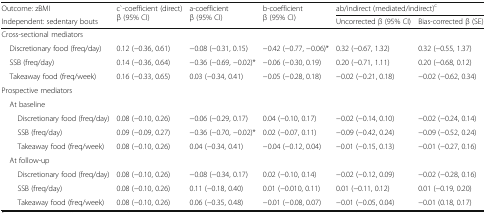
<table><thead><tr><td><b>Outcome: zBMI</b></td><td rowspan="2"><b>c`-coefficient (direct) β (95% CI)</b></td><td rowspan="2"><b>a-coefficient β (95% CI)</b></td><td rowspan="2"><b>b-coefficient β (95% CI)</b></td><td colspan="2"><b>ab/indirect (mediated/indirect)<sup>c</sup></b></td></tr><tr><td><b>Independent: sedentary bouts</b></td><td><b>Uncorrected β (95% CI)</b></td><td><b>Bias-corrected β (SE)</b></td></tr></thead><tbody><tr><td colspan="6">Cross-sectional mediators</td></tr><tr><td> Discretionary food (freq/day)</td><td>0.12 (−0.36, 0.61)</td><td>−0.08 (−0.31, 0.15)</td><td>−0.42 (−0.77, −0.06)*</td><td>0.32 (−0.67, 1.32)</td><td>0.32 (−0.55, 1.37)</td></tr><tr><td> SSB (freq/day)</td><td>0.14 (−0.36, 0.64)</td><td>−0.36 (−0.69, −0.02)*</td><td>−0.06 (−0.30, 0.19)</td><td>0.20 (−0.71, 1.11)</td><td>0.20 (−0.68, 0.12)</td></tr><tr><td> Takeaway food (freq/week)</td><td>0.16 (−0.33, 0.65)</td><td>0.03 (−0.34, 0.41)</td><td>−0.05 (−0.28, 0.18)</td><td>−0.02 (−0.21, 0.18)</td><td>−0.02 (−0.62, 0.34)</td></tr><tr><td colspan="6">Prospective mediators</td></tr><tr><td> At baseline</td><td></td><td></td><td></td><td></td><td></td></tr><tr><td>Discretionary food (freq/day)</td><td>0.08 (−0.10, 0.26)</td><td>−0.06 (−0.29, 0.17)</td><td>0.04 (−0.10, 0.17)</td><td>−0.02 (−0.14, 0.10)</td><td>−0.02 (−0.24, 0.14)</td></tr><tr><td>SSB (freq/day)</td><td>0.09 (−0.09, 0.27)</td><td>−0.36 (−0.70, −0.02)*</td><td>0.02 (−0.07, 0.11)</td><td>−0.09 (−0.42, 0.24)</td><td>−0.09 (−0.52, 0.24)</td></tr><tr><td>Takeaway food (freq/week)</td><td>0.08 (−0.10, 0.26)</td><td>0.04 (−0.34, 0.41)</td><td>−0.04 (−0.12, 0.04)</td><td>−0.01 (−0.15, 0.13)</td><td>−0.01 (−0.27, 0.16)</td></tr><tr><td> At follow-up</td><td></td><td></td><td></td><td></td><td></td></tr><tr><td>Discretionary food (freq/day)</td><td>0.08 (−0.10, 0.26)</td><td>−0.08 (−0.34, 0.17)</td><td>0.02 (−0.10, 0.14)</td><td>−0.02 (−0.12, 0.09)</td><td>−0.02 (−0.28, 0.16)</td></tr><tr><td>SSB (freq/day)</td><td>0.08 (−0.10, 0.26)</td><td>0.11 (−0.18, 0.40)</td><td>0.01 (−0.010, 0.11)</td><td>0.01 (−0.11, 0.12)</td><td>0.01 (−0.19, 0.20)</td></tr><tr><td>Takeaway food (freq/week)</td><td>0.08 (−0.10, 0.26)</td><td>0.06 (−0.35, 0.48)</td><td>−0.01 (−0.08, 0.07)</td><td>−0.01 (−0.05, 0.04)</td><td>−0.01 (0.18, 0.17)</td></tr></tbody></table>